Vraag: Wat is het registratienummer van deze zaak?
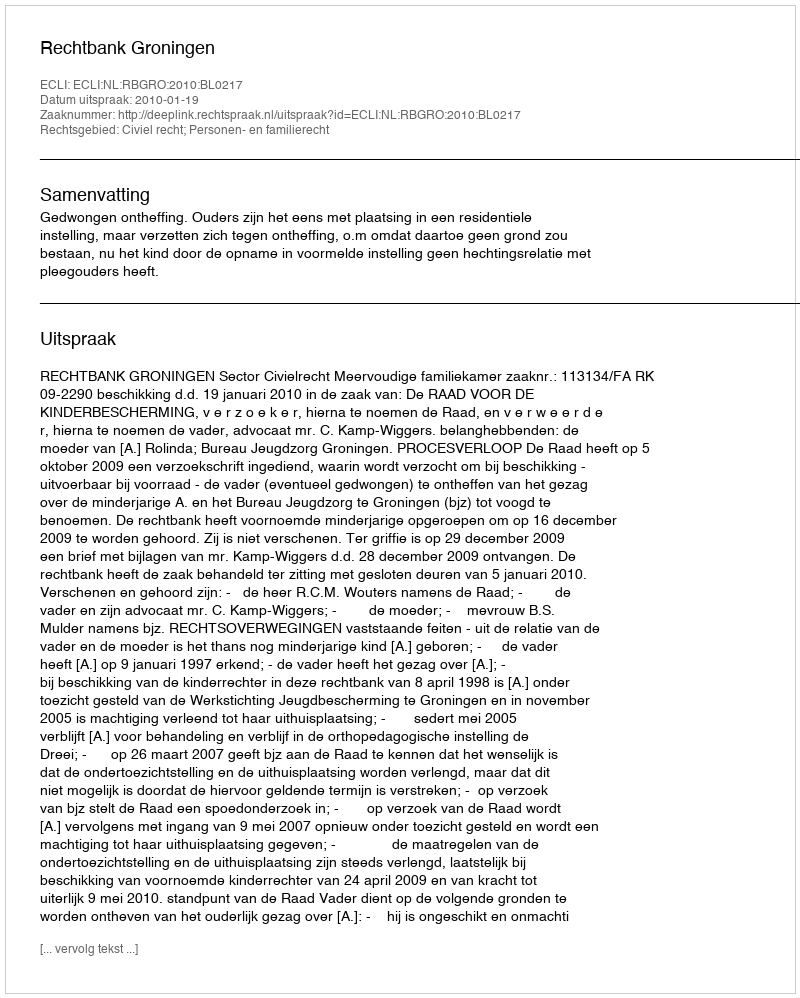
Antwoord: http://deeplink.rechtspraak.nl/uitspraak?id=ECLI:NL:RBGRO:2010:BL0217